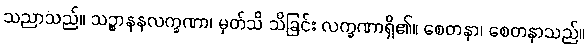
သညာသည်။ သဉ္စာနနလက္ခဏာ၊ မှတ်သိ သိခြင်း လက္ခဏာရှိ၏။ စေတနာ၊ စေတနာသည်။